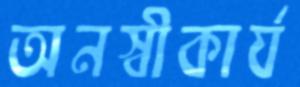
অনস্বীকার্য